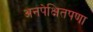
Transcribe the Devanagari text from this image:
अनपेक्षितपणा